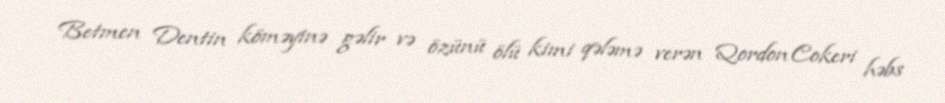
Betmen Dentin köməyinə gəlir və özünü ölü kimi qələmə verən Qordon Cokeri həbs